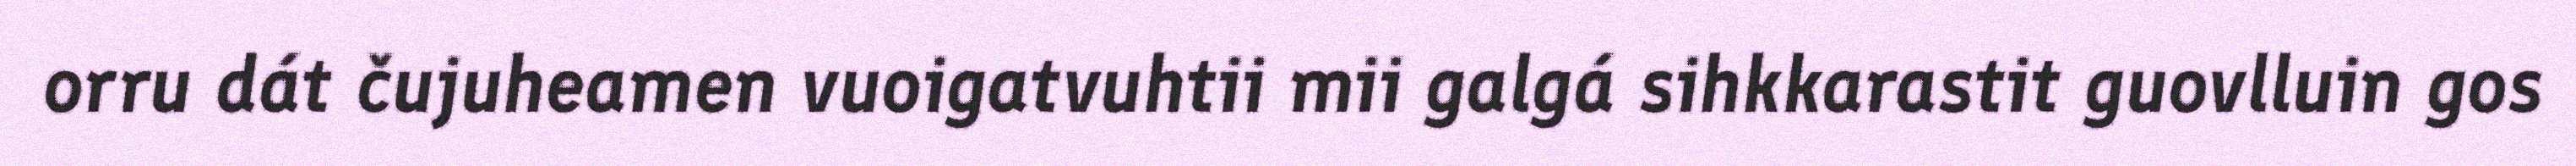
orru dát čujuheamen vuoigatvuhtii mii galgá sihkkarastit guovlluin gos